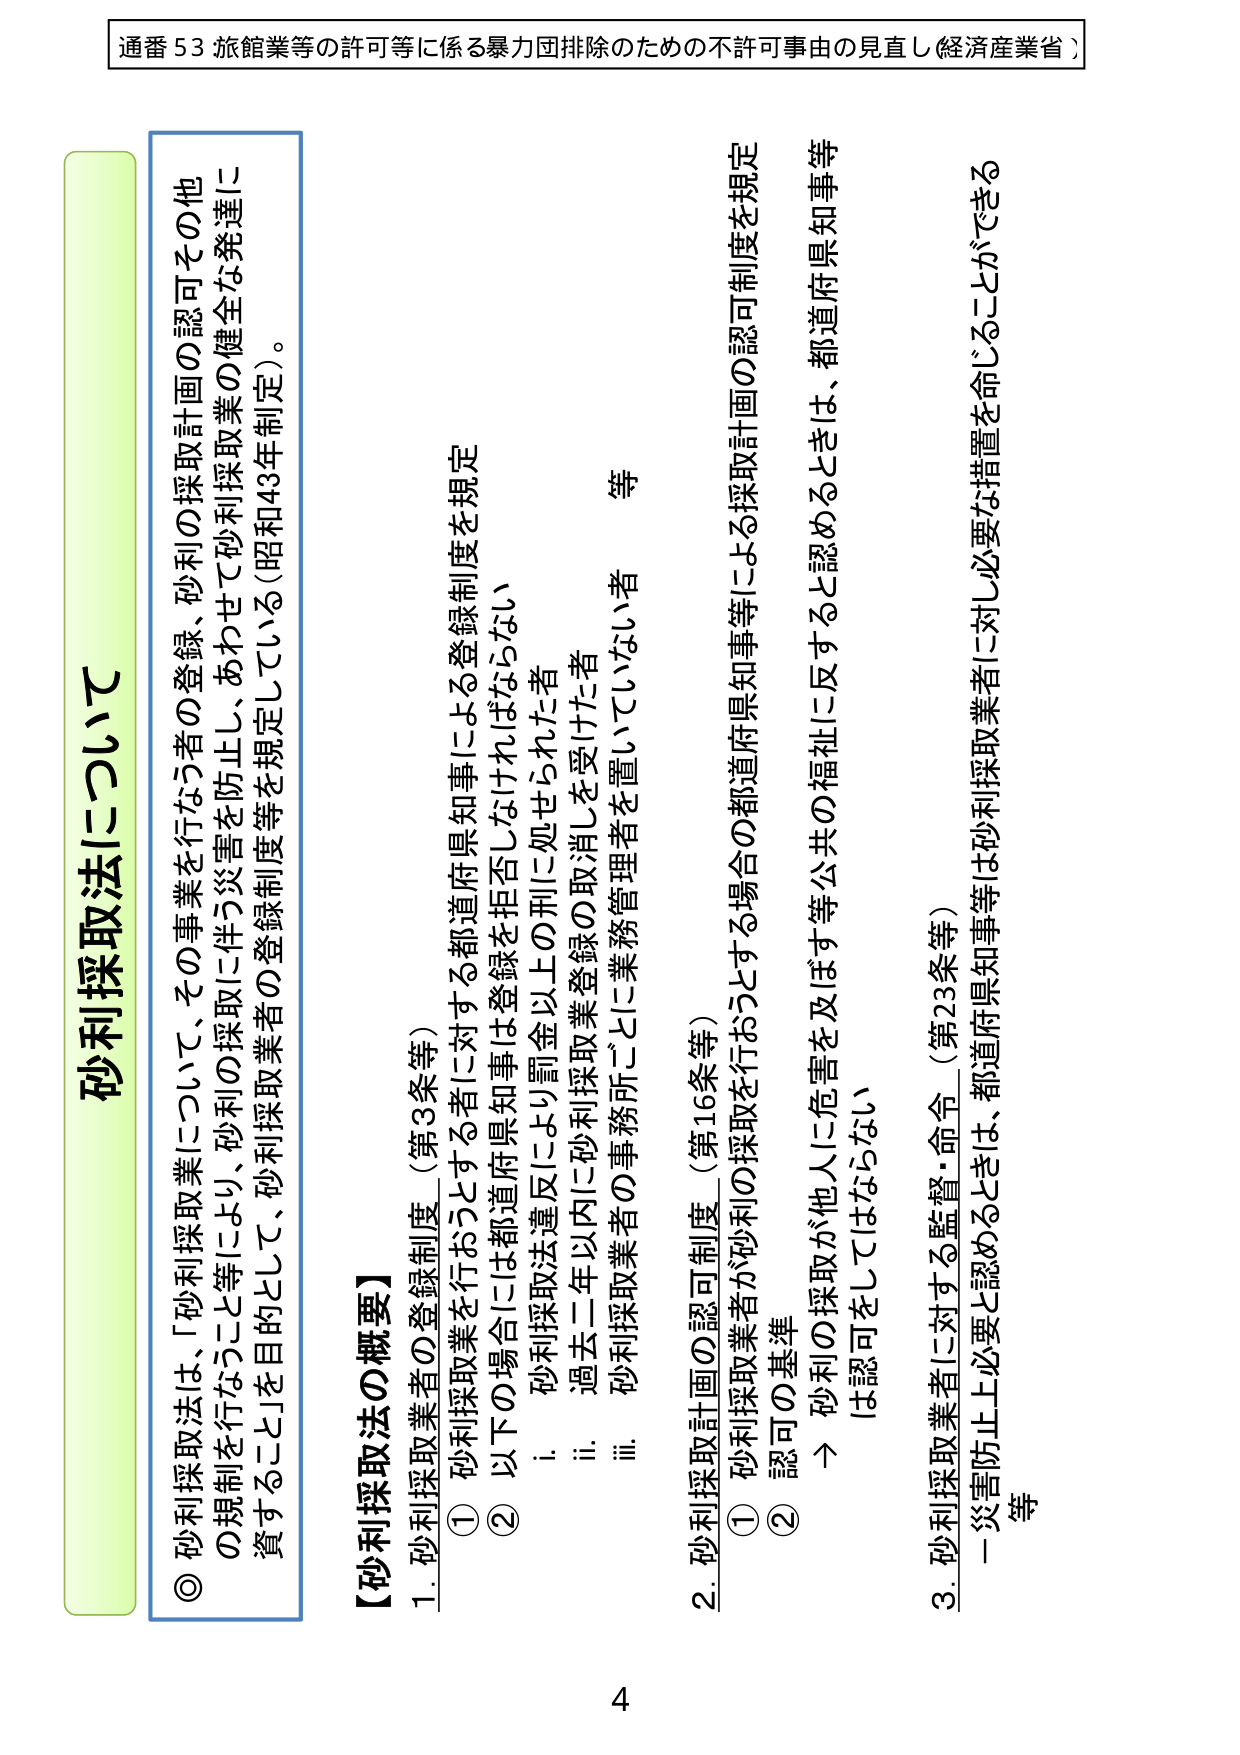
通番53 旅館業等の許可等に係る暴力団排除のための不許可事由の見直し（経済産業省）

砂利採取法について

◎ 砂利採取法は、「砂利採取業について、その事業を行なう者の登録、砂利の採取計画の認可その他
の規制を行なうこと等により、砂利の採取に伴う災害を防止し、あわせて砂利採取業の健全な発達に
資すること」を目的として、砂利採取業者の登録制度等を規定している（昭和43年制定）。

【砂利採取法の概要】

1. 砂利採取業者の登録制度 （第3条等）
① 砂利採取業を行おうとする者に対する都道府県知事による登録制度を規定
② 以下の場合には都道府県知事は登録を拒否しなければならない
　i. 砂利採取法違反により罰金以上の刑に処せられた者
　ii. 過去二年以内に砂利採取業登録の取消しを受けた者
　iii. 砂利採取業者の事務所ごとに業務管理者を置いていない者
　等

2. 砂利採取計画の認可制度 （第16条等）
① 砂利採取業者が砂利の採取を行おうとする場合の都道府県知事等による採取計画の認可制度を規定
② 認可の基準
　→ 砂利の採取が他人に危害を及ぼす等公共の福祉に反すると認めるときは、都道府県知事等
　　は認可をしてはならない

3. 砂利採取業者に対する監督・命令 （第23条等）
　一 災害防止上必要と認めるときは、都道府県知事等は砂利採取業者に対し必要な措置を命じることができる
　等

4